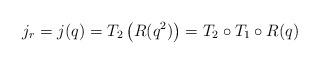
LaTeX: \begin{align*}j_r=j(q)=T_2\left(R(q^2)\right)=T_2\circ T_1\circ R(q)\end{align*}